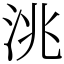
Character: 洮